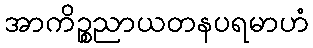
အာကိဉ္စညာယတနပရမာဟံ